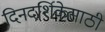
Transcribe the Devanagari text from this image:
दिनदर्शिकेसाठी